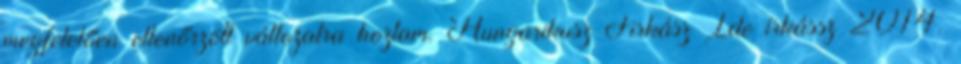
megfelelően ellenőrzött változatra hoztam. Hungarikusz Firkász Ide írkássz 2014.